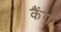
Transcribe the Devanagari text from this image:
कैंग